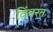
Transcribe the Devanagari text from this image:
विंचरत